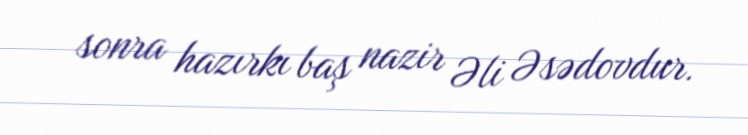
sonra hazırkı baş nazir Əli Əsədovdur.